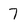
Character: 7